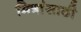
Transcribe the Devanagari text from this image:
मित्रांसाठी